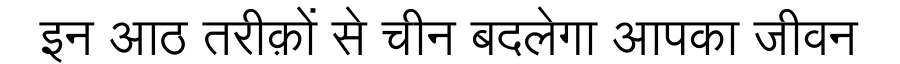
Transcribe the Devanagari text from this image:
इन आठ तरीक़ों से चीन बदलेगा आपका जीवन